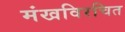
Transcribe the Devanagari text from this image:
मंखविरचित